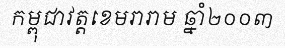
កម្ពុជាវត្តខេមរារាម ឆ្នាំ២០០៣